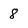
Character: 8